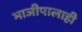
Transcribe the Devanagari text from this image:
भाजीपालाही